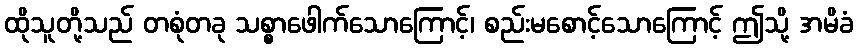
ထိုသူတို့သည် တစုံတခု သစ္စာဖေါက်သောကြောင့်၊ စည်းမစောင့်သောကြောင့် ဤသို့ အမိခံ